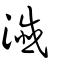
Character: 瀸